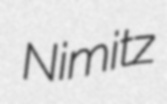
Nimitz